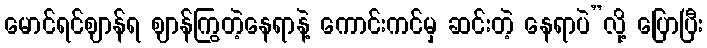
မောင်ရင်ဈာန်ရ ဈာန်ကြွတဲ့နေရာနဲ့ ကောင်းကင်မှ ဆင်းတဲ့ နေရာပဲ”လို့ ပြောပြီး